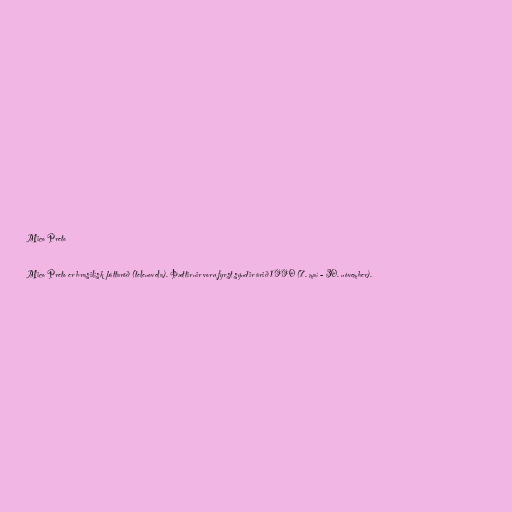
Mico Preto

Mico Preto er brasilísk þáttaröð (telenovela). Þættirnir voru fyrst sýndir árið 1990 (7. maí - 30. nóvember).